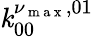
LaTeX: \operatorname{\mathit{k}}_{00}^{\nu_{\mathrm{{~m~a~x~}}},01}